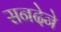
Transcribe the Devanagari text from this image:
सनदेने